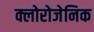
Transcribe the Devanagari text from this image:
क्लोरोजेनिक